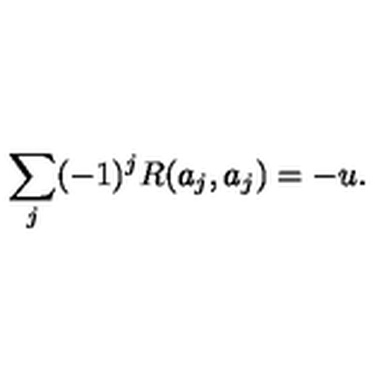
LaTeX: \sum _ { j } ( - 1 ) ^ { j } R ( a _ { j } , a _ { j } ) = - u .